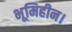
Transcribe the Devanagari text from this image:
भूमिहीन।